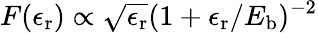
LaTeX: F(\epsilon_{\mathrm{r}})\propto\sqrt{\epsilon_{\mathrm{r}}}(1+\epsilon_{\mathrm{r}}/E_{\mathrm{b}})^{-2}